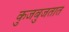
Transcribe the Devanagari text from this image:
कुजबुजतात